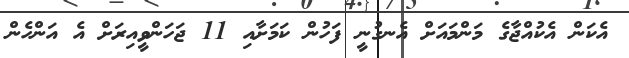
އެކަން އެކުއްޖާގެ މަންމައަށް އެނގުނީ ފަހުން ކަމަށާއި 11 ޖަހަންވީއިރަށް އެ އަންހެން